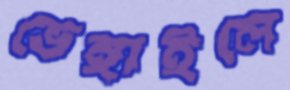
ভেঙ্গাইলে